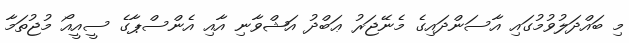
މި ބައްދަލުވުމުގައި އާސަންދައިގެ މެނޭޖަރު ޢަބްދު އަޝްވާނި އާއި އެންސްޕާގެ ސީއީއޯ މުޖުތަމާ